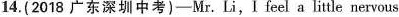
14.(2018 广东深圳中考)-Mr.Li,I feel a little nervous